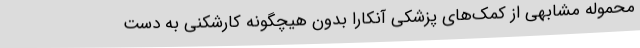
محموله مشابهی از کمک‌های پزشکی آنکارا بدون هیچگونه کارشکنی به دست